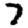
Digit: 7